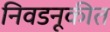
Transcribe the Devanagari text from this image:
निवडनूकीत